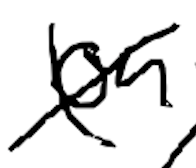
Text: on
Cross-out: cross
Writing tool: digital_black